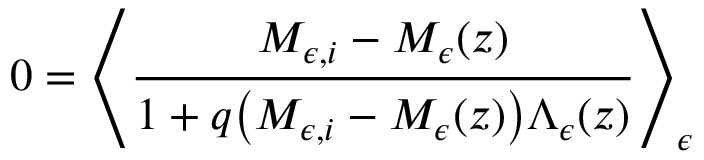
0 = \left\langle \frac { M _ { \epsilon , i } - M _ { \epsilon } ( z ) } { 1 + q \big ( M _ { \epsilon , i } - M _ { \epsilon } ( z ) \big ) \Lambda _ { \epsilon } ( z ) } \right\rangle _ { \epsilon }